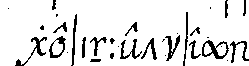
gesinnet sey .